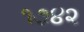
૧૭૪૨